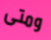
ومتى